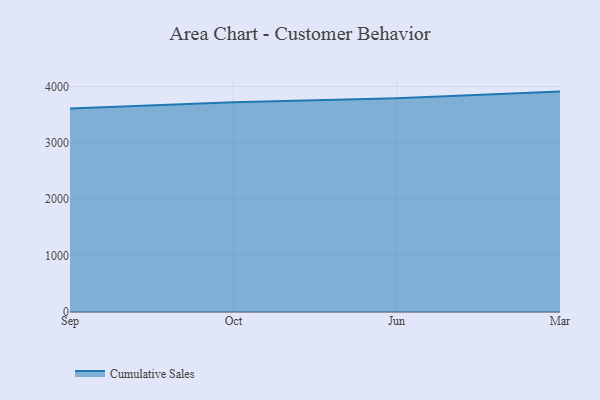
{"axis": {"x": "Month", "y": "Net Income (USD K)"}, "legend": ["Cumulative Sales"], "data": [{"x": "Sep", "y": 3610.3, "type": "Cumulative Sales"}, {"x": "Oct", "y": 3722.1, "type": "Cumulative Sales"}, {"x": "Jun", "y": 3791.4, "type": "Cumulative Sales"}, {"x": "Mar", "y": 3910.8, "type": "Cumulative Sales"}]}